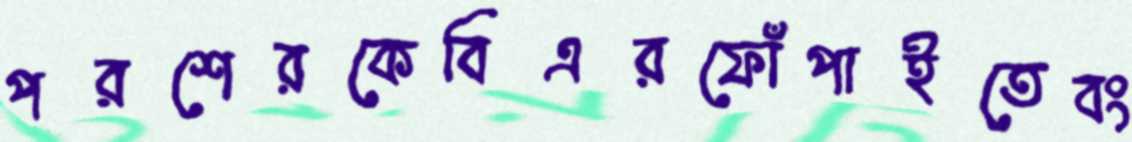
পরশেরকেবিএরফোঁপাইতেবং